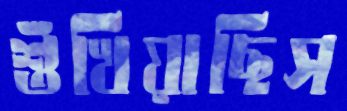
শুঁখিয়াছিস